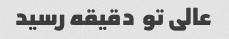
عالی تو  دقیقه رسید